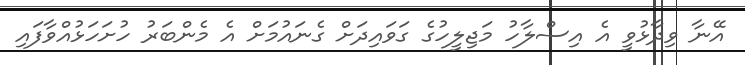
އޭނާ ވިދާޅުވީ އެ އިސްލާހު މަޖިލީހުގެ ގަވައިދަށް ގެނައުމަށް އެ މެންބަރު ހުށަހަޅުއްވާފައި